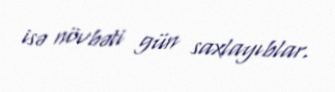
isə növbəti gün saxlayıblar.